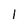
Character: 1